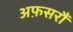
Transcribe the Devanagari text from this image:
अफ़सरौं